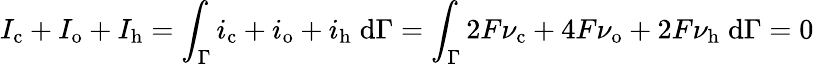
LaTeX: I_{\mathrm{c}}+I_{\mathrm{o}}+I_{\mathrm{h}}=\int_{\Gamma}i_{\mathrm{c}}+i_{\mathrm{o}}+i_{\mathrm{h}}\; \mathrm{d}\Gamma=\int_{\Gamma}2F\nu_{\mathrm{c}}+4F\nu_{\mathrm{o}}+2F\nu_{\mathrm{h}}\; \mathrm{d}\Gamma=0